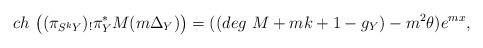
LaTeX: \begin{align*}ch \ \big((\pi_{S^{k}Y})_{!}\pi_{Y}^{*}M(m\Delta_{Y})\big )=((deg \ M+mk+1-g_{Y})-m^{2}\theta)e^{m x}, \end{align*}